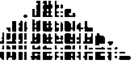
.